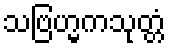
သဗြဟ္မကသုတ္တံ